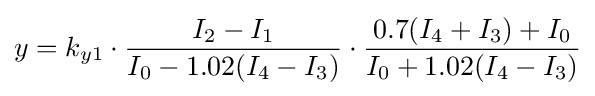
y=k_{y1}\cdot {\frac {I_{2}-I_{1}}{I_{0}-1.02(I_{4}-I_{3})}}\cdot {\frac {0.7(I_{4}+I_{3})+I_{0}}{I_{0}+1.02(I_{4}-I_{3})}}